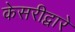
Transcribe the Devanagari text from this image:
केसरीद्वारे